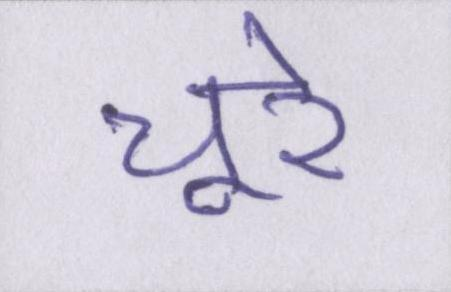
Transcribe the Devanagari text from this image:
चूरे